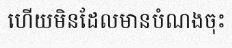
ហើយមិនដែលមានបំណងចុះ